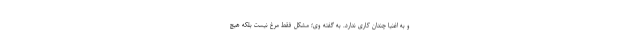
و به اغنیا چندان کاری ندارد. به گفته وی؛ مشکل فقط مرغ نیست بلکه هیچ